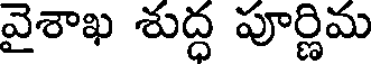
వైశాఖ శుద్ధ పూర్ణిమ